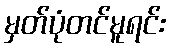
မှတ်ပုံတင်မူရင်း